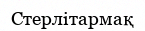
Стерлітармақ